Vaccination in Burma 1912-1922 - 1912-1922
Year: 1912
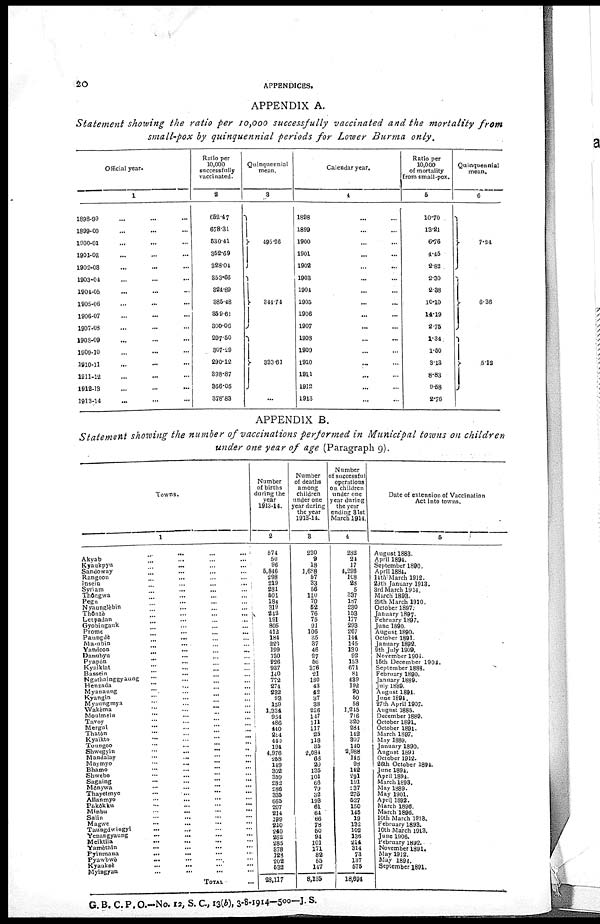
20
APPENDICES.
APPENDIX A.
Statement showing the ratio per 10,000 successfully vaccinated and the mortality from
small-pox by quinquennial periods for Lower Burma only.
Official year.
1
1898-99... ...
1899-00... ...
1900-01... ...
1901-02... ...
1902-03... ...
1903-04... ...
1901-05... ...
1905-06... ...
1906-07... ...
1907-08... ...
1908-09... ...
1909-10... ...
1910-11... ...
1911-12... ...
1912-13... ...
1913-14... ...
Ratio per
10,000
successfully
vaccinated.
2
652.47
678.31
530.41
352.69
328.04
353.66
324.89
385.48
359.61
300.06
297.50
307.29
290.12
398.87
366.05
378.83
Quinquennial
mean.
3
495.26
344.74
333.61
...
Calendar year.
4
1898... ...
1899... ...
1900... ...
1901... ...
1902... ...
1903... ...
1904... ...
1905... ...
1906... ...
1907... ...
1908... ...
1909... ...
1910... ...
1911... ...
1912... ...
1913... ...
Ratio per
10,000
of mortality
from small-pox.
5
10.70
13.21
6.76
4.45
2.82
2.30
2.38
10.10
14.19
2.75
1.34
1.50
3.13
8.83
9.58
2.76
Quinquennial
mean.
6
7.24
6.36
5.12
APPENDIX B.
Statement showing the number of vaccinations performed in Municipal towns on children
under one year of age (Paragraph 9).
Towns.
1
... ... ...
Akyab... ... ...
Kyaukpyu... ... ...
Sandoway...
...
...
Rangoon... ... ...
Insein
...
...
...
Syriam...
...
...
Thôngwa...
...
...
Pegu... ... ...
Nyaunglebin...
...
...
Thonzè...
...
...
Letpadan...
...
...
Gyobingauk... ... ...
Prome... ... ...
Paungdè... ... ...
Ma-ubin ... ... ...
Yandoon... ... ...
Danubyu...
...
...
Pyapôn... ... ...
Kyaiklat...
...
...
Bassein...
...
...
Ngathainggyaung...
...
...
Henzada...
...
...
Myanaung...
...
...
Kyangin...
...
...
Myaungmya...
...
...
Wakèma...
...
...
Moulmein...
...
...
Tavoy... ... ...
Mergul...
...
...
Thatôn
...
...
...
Kyaikto...
...
...
Toungoo...
...
...
Shwegyin...
...
...
Mandalay...
...
...
Maymyo...
...
...
Bhamo...
...
...
Shwebo...
...
...
Sagaing
...
...
...
Mônywa...
...
...
Thayetmyo... ... ...
Allanmyo...
...
...
Fakôkku...
...
...
Minbu...
...
...
Salin...
...
...
Magwe
...
...
...
Taungdwingyl... ... ...
Yenangyaung...
...
...
Meiktila...
...
...
Yamèthin... ... ...
Pyinmana...
...
...
Pyawbwè...
...
...
...
Kyauksè...
...
...
Myingyan... ... ...
Total
...
Number
of births
during the
year
1913-14.
2
671
50
96
5,846
298
219
281
501
184
319
242
191
805
412
184
220
199
130
226
937
140
772
274
232
93
159
1,334
954
486
440
214 440
194
4,976
258
149
302
359
282
286
335
665
207
214
199
210
240
262
285
378
123
202
532
28,117
28,117
Number
of deaths
among
children
under one
year during
the year
1913-14.
3
230
9
18
1,688
57
33
56
110
70
52
76
75
91
106
35
37
46
27
56
376
21
180
43
42
37
38
226
147
111
117
25
118
35
2,084
68
20
135
101
66
79
32
193
61
64
66
78
50
94
101
171
82
55
117
8,135
8,135
Number
successful
operations
on children
under one
year during
the year
ending 31st
March 1914.
4
282
21
17
1,296
108
28
5
337
187
230
153
177
293
267
144
145
130
92
153
671
81
439
192
90
50
58
1,215
716
820
284
142
307
140
2,988
145
98
142
291
191
937
276
527
150
145
19
132
102
136
214
314
73
137
575
18,694
18,694
Date of extension of Vaccination
Act into towns.
5
August 1883.
April 1894.
September 1890.
April 1884.
14th March 1912.
29th January 1913.
3rd March 1914.
March 1898.
29th March 1910.
October 1897.
January 1897.
February 1897.
June 1890.
August 1890.
October 1891.
January 1892.
9th July 1909.
November 1904.
15th December 1904.
September 1888.
February 1890.
January 1889.
July 1889.
August 1894.
June 1894.
27th April 1907.
August 1885.
December 1889.
October 1891.
October 1891.
March 1897.
May 1889.
January 1890.
August 1891
October 1912.
26th October 1894.
June 1894.
April 1894.
March 1893.
May 1889.
May 1901.
April 1892.
March 1896.
March 1896.
10th March 1918.
February 1893.
10th March 1913
June 1906.
February 1892.
November 1891.
May 1912.
May 1894.
September 1891.
G. B. C. P. O..No.—12, S. C, 13(b), 3-8-1914—500—J. S.